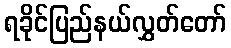
ရခိုင်ပြည်နယ်လွှတ်တော်